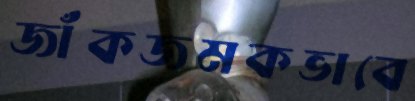
জাঁকজমকভাবে